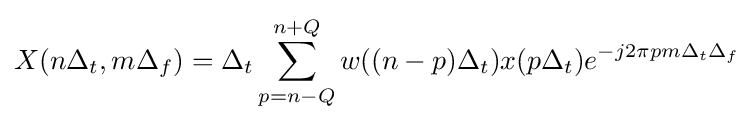
X(n\Delta _{t},m\Delta _{f})=\Delta _{t}\sum _{p=n-Q}^{n+Q}w((n-p)\Delta _{t})x(p\Delta _{t})e^{-j2\pi pm\Delta _{t}\Delta _{f}}